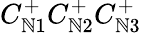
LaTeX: C_{\mathbb{N}1}^{+}C_{\mathbb{N}2}^{+}C_{\mathbb{N}3}^{+}